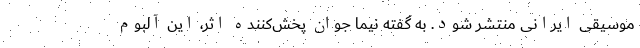
موسیقی ایرانی منتشر شود. به گفته نیما جوان پخش‌کننده اثر، این آلبوم